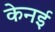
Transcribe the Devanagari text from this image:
केनई